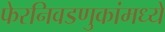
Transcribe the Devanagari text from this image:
फेरनिवडणुकांमध्ये